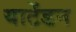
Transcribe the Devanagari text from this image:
याटेंडन